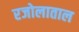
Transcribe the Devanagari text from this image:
रजोलाताल